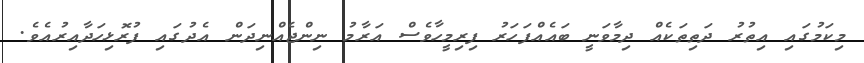
މިކަމުގައި އިތުރު ދަތިތަކެއް ދިމާވަނީ ބައެއްފަހަރު ފިރިމީހާވެސް އަރާމު ނިންޖެއްނިދަން އެދުގައި ފުރޮޅިހަދާއިރުއެވެ.